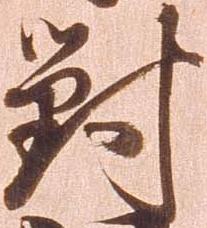
対